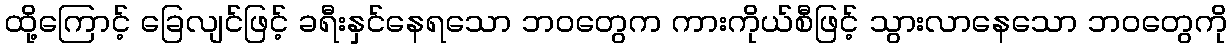
ထို့ကြောင့် ခြေလျင်ဖြင့် ခရီးနှင်နေရသော ဘဝတွေက ကားကိုယ်စီဖြင့် သွားလာနေသော ဘဝတွေကို